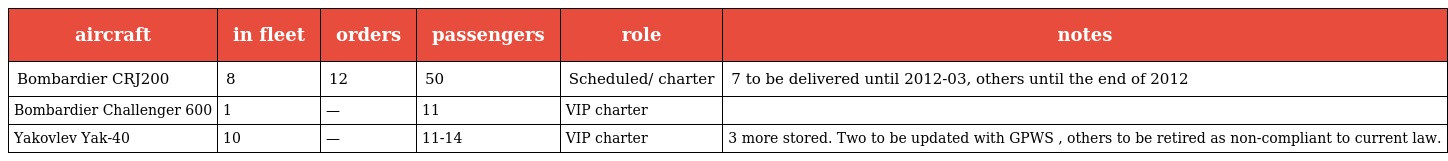
| aircraft | in fleet | orders | passengers | role | notes |
 | --- | --- | --- | --- | --- | --- |
 | Bombardier CRJ200 | 8 | 12 | 50 | Scheduled/ charter | 7 to be delivered until 2012-03, others until the end of 2012 |
 | Bombardier Challenger 600 | 1 | — | 11 | VIP charter |  |
 | Yakovlev Yak-40 | 10 | — | 11-14 | VIP charter | 3 more stored. Two to be updated with GPWS , others to be retired as non-compliant to current law. |